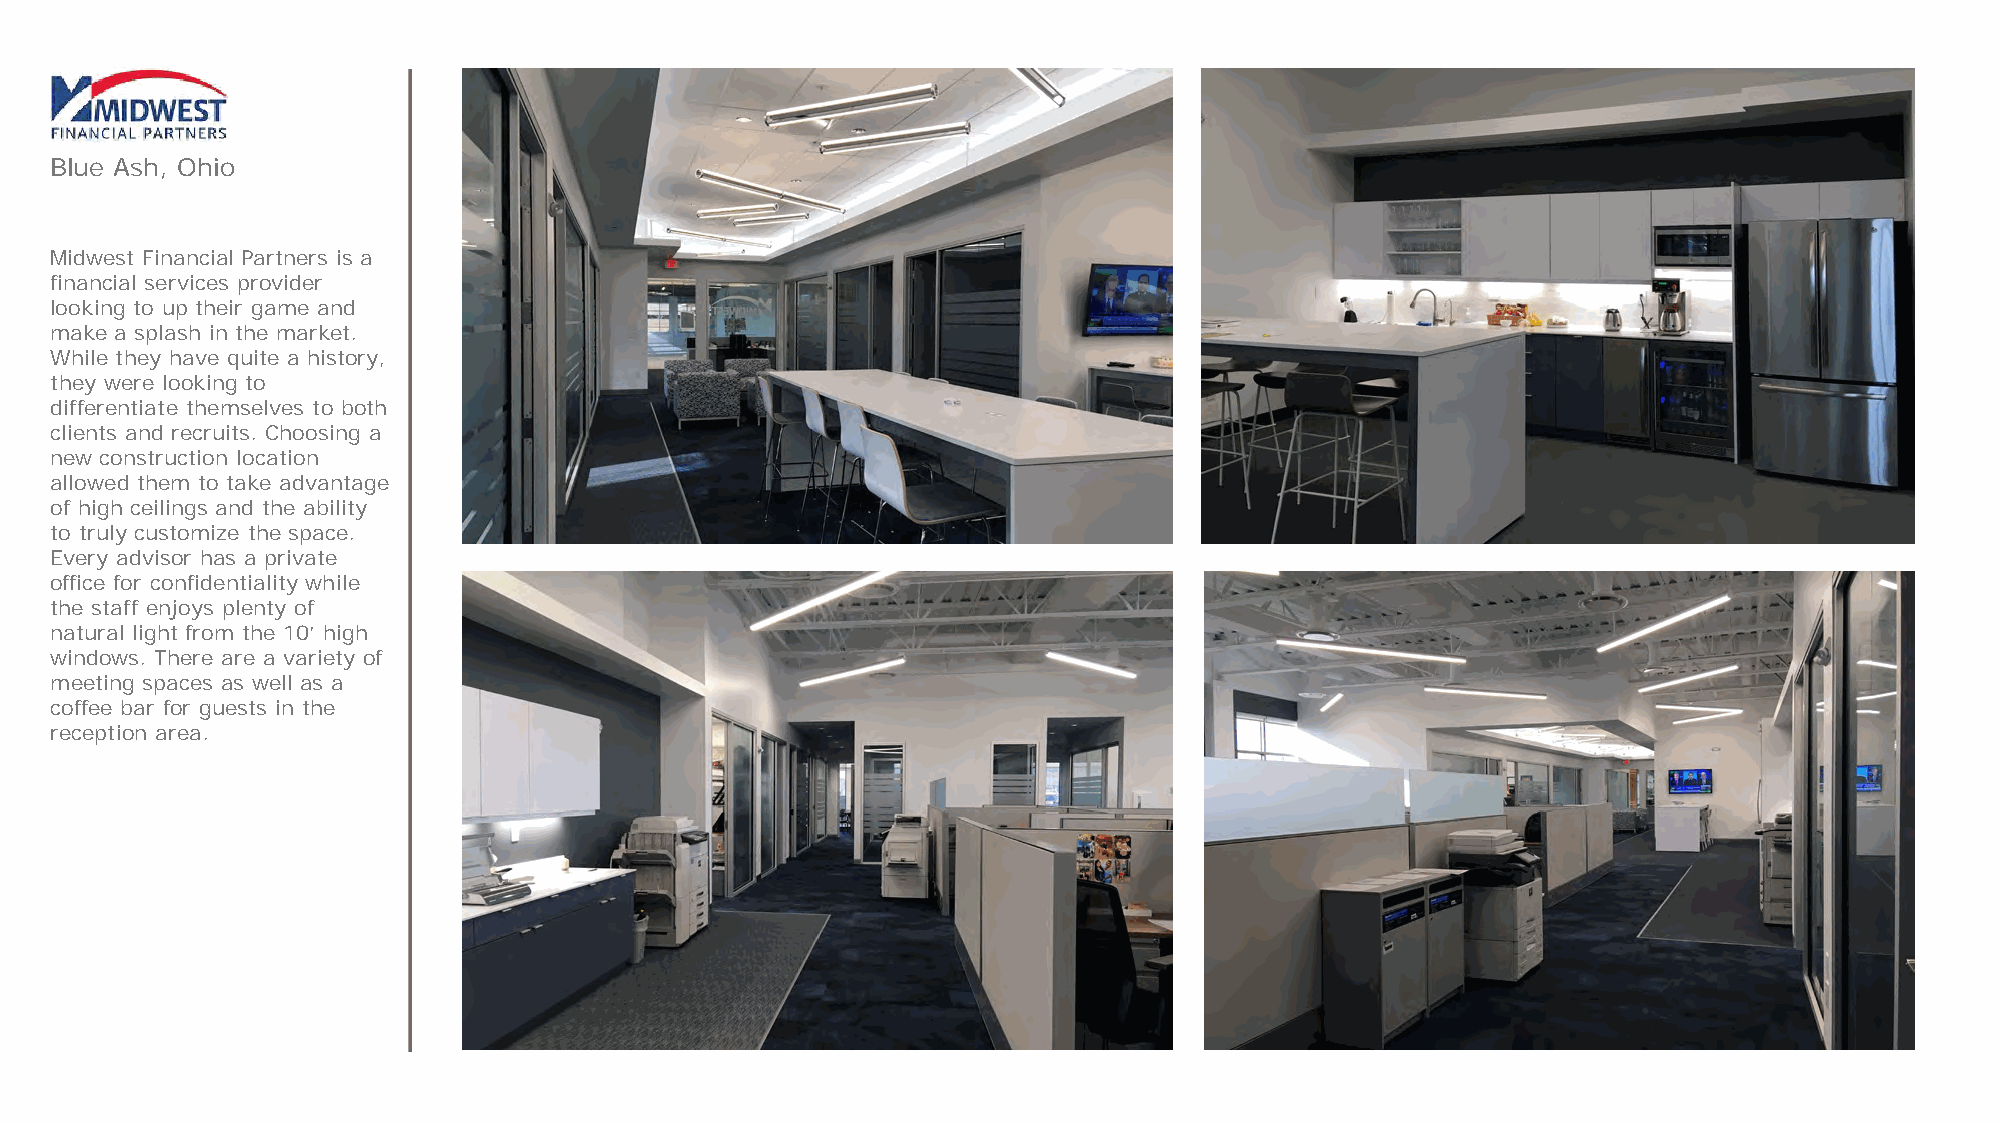
Blue Ash, Ohio
 Midwest Financial Partners is a
 financial services provider
 looking to up their game and
 make a splash in the market.
 While they have quite a history,
 they were looking to
 differentiate themselves to both
 clients and recruits. Choosing a
 new construction location
 allowed them to take advantage
 of high ceilings and the ability
 to truly customize the space.
 Every advisor has a private
 office for confidentiality while
 the staff enjoys plenty of
 natural light from the 10’ high
 windows. There are a variety of
 meeting spaces as well as a
 coffee bar for guests in the
 reception area.